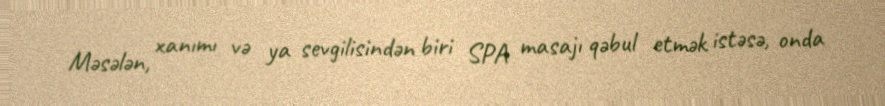
Məsələn, xanımı və ya sevgilisindən biri SPA masajı qəbul etmək istəsə, onda